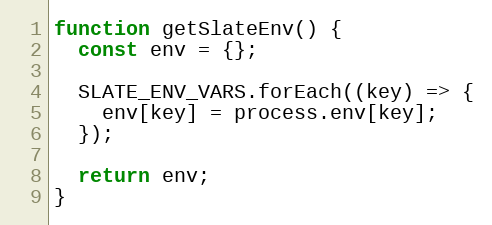
Language: JavaScript
function getSlateEnv() {
  const env = {};

  SLATE_ENV_VARS.forEach((key) => {
    env[key] = process.env[key];
  });

  return env;
}